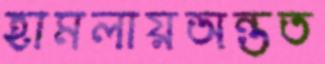
হামলায়অন্তত